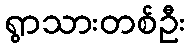
ရွာသားတစ်ဦး